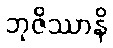
ဘုဇိဿာနိ